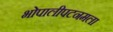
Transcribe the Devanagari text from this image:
भोपालीपटनमला